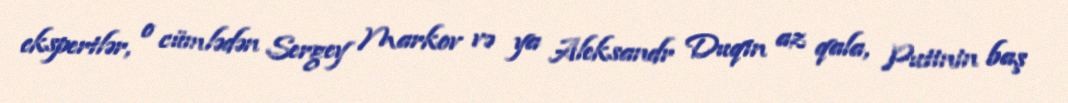
ekspertlər, o cümlədən Sergey Markov və ya Aleksandr Duqin az qala, Putinin baş